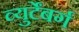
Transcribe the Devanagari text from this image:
व्युर्टेंबर्ग